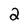
Character: 2